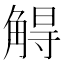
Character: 䚟